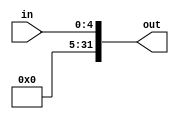
`timescale 1ns / 1ps
//////////////////////////////////////////////////////////////////////////////////
// Company: 
// Engineer: 
// 
// Design Name: 
// Module Name: ZeroExtension
// Project Name: 
// Target Devices: 
// Tool Versions: 
// Description: 
// 
// Dependencies: 
// 
// Revision:
// Revision 0.01 - File Created
// Additional Comments:
// 
//////////////////////////////////////////////////////////////////////////////////
module ZeroExtension(in, out);
    input [4:0] in;
    output reg [31:0] out;
    
    initial begin
        out <= 32'b0;
    end
    
    always @(*) begin
        out <= {27'b0, in};
    end
endmodule